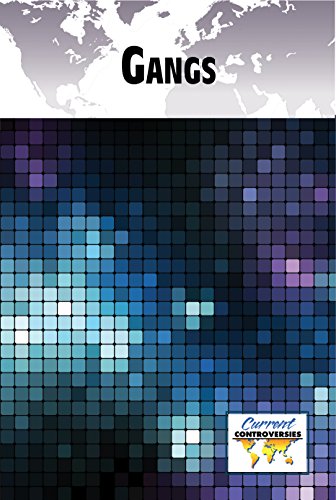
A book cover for Gangs (Current Controversies); Noah Berlatsky; Teen & Young Adult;